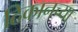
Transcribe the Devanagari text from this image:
ठिकानच्या